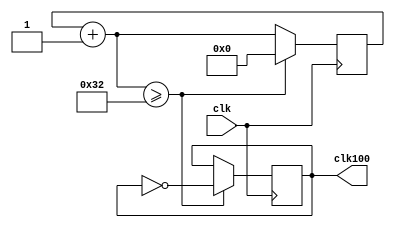
module divi(input clk,
            output reg clk100);
  reg [5:0] a = 6'b000000;
  initial clk100 = 1'b0;
  
  always@(posedge clk)
    begin
      a = a + 1'b1;
      
      if(a >= 50)
        begin
          a = 6'b000000;
          clk100 = ~clk100;
        end
    end
endmodule